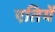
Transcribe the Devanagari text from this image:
एतियें